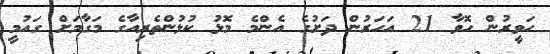
ހަވީރުން ހޮވާ 21 އަހަރުން ދަށުގެ އެންމެ މޮޅު ކުޅުންތެރިއާގެ މަގާމަށް ގައުމީ